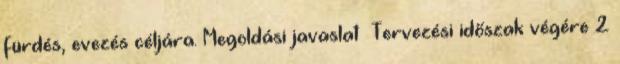
fürdés, evezés céljára. Megoldási javaslat ▪Tervezési időszak végére 2